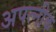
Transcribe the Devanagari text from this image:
अपत्नीक